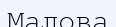
Малова